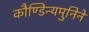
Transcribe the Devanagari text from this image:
कौण्डिन्यमुनिने